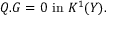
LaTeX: Q . G = 0 \, \, \mathrm { i n } \, \, K ^ { 1 } ( Y ) .